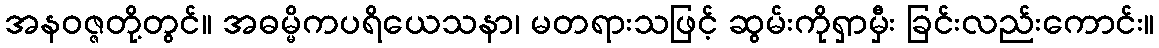
အနဝဇ္ဇတို့တွင်။ အဓမ္မိကပရိယေသနာ၊ မတရားသဖြင့် ဆွမ်းကိုရှာမှီး ခြင်းလည်းကောင်း။